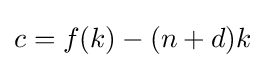
c=f(k)-(n+d)k